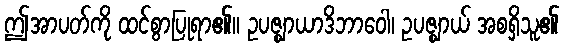
ဤအာပတ်ကို ထင်စွာပြုရာ၏။ ဥပဇ္ဈာယာဒိဘာဝေါ၊ ဥပဇ္ဈာယ် အစရှိသူ၏